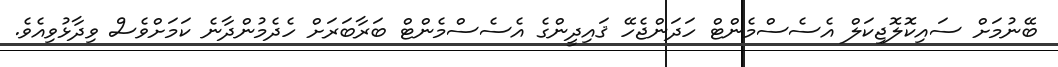
ބޭނުމަށް ސައިކޮލޮޖިކަލް އެސެސްމެންޓް ހަދަންޖެހޭ ޤައިދީންގެ އެސެސްމެންޓް ބަރާބަރަށް ހެދެމުންދާނެ ކަމަށްވެސް ވިދާޅުވިއެވެ.